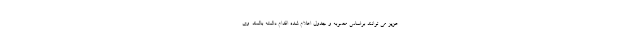
عزیز می توانند براساس مصوبه و جدول اعلام شده اقدام داشته باشند. وی